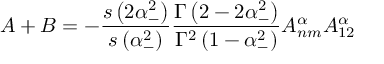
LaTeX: A + B = - \frac { s \left( 2 \alpha _ { - } ^ { 2 } \right) } { s \left( \alpha _ { - } ^ { 2 } \right) } \frac { \Gamma \left( 2 - 2 \alpha _ { - } ^ { 2 } \right) } { \Gamma ^ { 2 } \left( 1 - \alpha _ { - } ^ { 2 } \right) } A _ { n m } ^ { \alpha } A _ { 1 2 } ^ { \alpha }